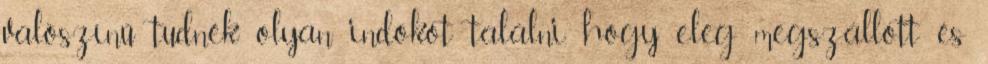
valószínű tudnék olyan indokot találni, hogy elég megszállott és